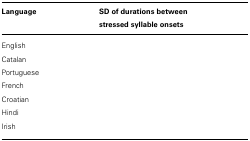
<table><thead><tr><td><b>Language</b></td><td><b>SD of durations between stressed syllable onsets</b></td></tr></thead><tbody><tr><td>English</td><td>[EMPTY_CELL]</td></tr><tr><td>Catalan</td><td>[EMPTY_CELL]</td></tr><tr><td>Portuguese</td><td>[EMPTY_CELL]</td></tr><tr><td>French</td><td>[EMPTY_CELL]</td></tr><tr><td>Croatian</td><td>[EMPTY_CELL]</td></tr><tr><td>Hindi</td><td>[EMPTY_CELL]</td></tr><tr><td>Irish</td><td>[EMPTY_CELL]</td></tr></tbody></table>